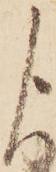
よ